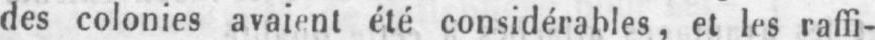
des colonies avaient été considérables, et les raffi-